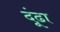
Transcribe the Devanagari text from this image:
दूंढा